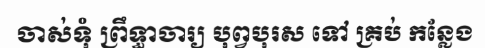
ចាស់ទុំ ព្រឹទ្ធាចារ្យ បុព្វបុរស ទៅ គ្រប់ កន្លែង